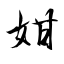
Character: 姏